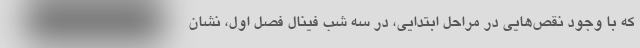
که با وجود نقص‌هایی در مراحل ابتدایی، در سه شب فینال فصل اول، نشان